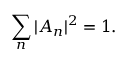
\displaystyle \sum _ { n } | A _ { n } | ^ { 2 } = 1 .